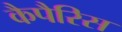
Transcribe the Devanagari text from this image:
कैपैरिस